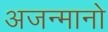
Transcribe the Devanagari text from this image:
अजन्मानो